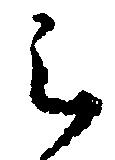
之